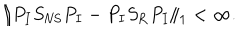
\| P _ { I } S _ { \mathrm { N S } } P _ { I } - P _ { I } S _ { \mathrm { R } } P _ { I } \| _ { 1 } < \infty .